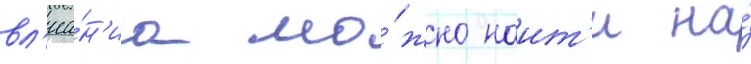
вл'иа́н'иа мо́жно наит'и на́